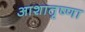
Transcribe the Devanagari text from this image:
आशातृष्णा